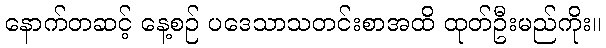
နောက်တဆင့် နေ့စဉ် ပဒေသာသတင်းစာအထိ ထုတ်ဦးမည်ကိုး။